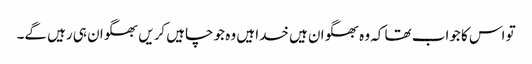
تو اس کا جواب تھا کہ وہ بھگوان ہیں خدا ہیں وہ جو چاہیں کریں بھگوان ہی رہیں گے۔